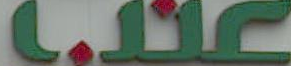
عندما